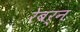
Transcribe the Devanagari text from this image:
रेबर्न